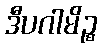
ဒီပဂါမိဉ္စ